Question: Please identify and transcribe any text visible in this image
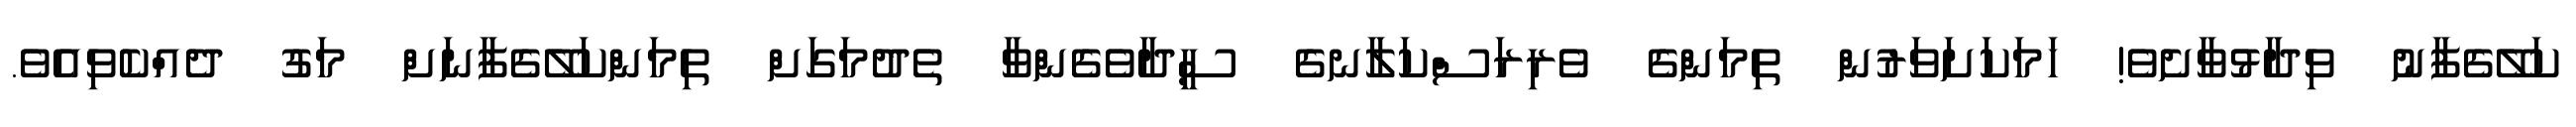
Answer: ކަލޭގެފާނު ވިދާޅުވާށެވެ! ހަމަކަށަވަރުން ތިމަންގެ ވެރިރަސްކަލާނގެ ސީދާވެގެންވާ ތެދުމަގަށް ތިމަންކަލޭގެފާނަށް މަގު ދެއްކެވިއެވެ.